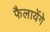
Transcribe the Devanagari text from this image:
फैलायेंगे